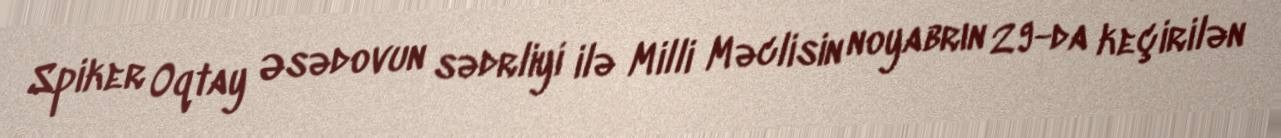
Spiker Oqtay Əsədovun sədrliyi ilə Milli Məclisin noyabrın 29-da keçirilən